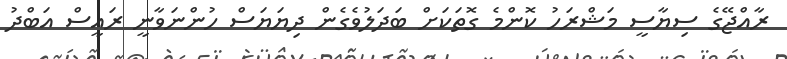
ރާއްޖޭގެ ސިޔާސީ މަޝްރަހު ކޮންމެ ގޮތަކަށް ބަދަލުވެގެން ދިޔަޔަސް ހުންނަވާނީ ރައީސް އަބްދު